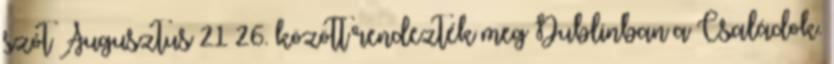
szót Augusztus 21–26. között rendezték meg Dublinban a Családok.